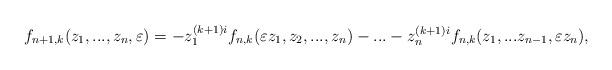
LaTeX: \begin{align*}f_{n+1,k}(z_1,...,z_n,\varepsilon)=-z_1^{(k+1)i}f_{n,k}(\varepsilon z_1,z_2,...,z_n)-...-z_n^{(k+1)i}f_{n,k}(z_1,...z_{n-1},\varepsilon z_n), \end{align*}